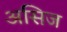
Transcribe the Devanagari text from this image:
असिज